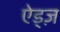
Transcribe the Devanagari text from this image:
ऐड्ज़